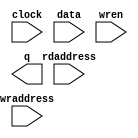
// megafunction wizard: %RAM: 2-PORT%VBB%
// GENERATION: STANDARD
// VERSION: WM1.0
// MODULE: altsyncram 

// ============================================================
// Megafunction Name(s):
// 			altsyncram
//
// Simulation Library Files(s):
// 			altera_mf
// ============================================================
// ************************************************************
// THIS IS A WIZARD-GENERATED FILE. DO NOT EDIT THIS FILE!
//
// 9.0 Build 132 02/25/2009 SJ Full Version
// ************************************************************

//Copyright (C) 1991-2009 Altera Corporation
//Your use of Altera Corporation's design tools, logic functions 
//and other software and tools, and its AMPP partner logic 
//functions, and any output files from any of the foregoing 
//(including device programming or simulation files), and any 
//associated documentation or information are expressly subject 
//to the terms and conditions of the Altera Program License 
//Subscription Agreement, Altera MegaCore Function License 
//Agreement, or other applicable license agreement, including, 
//without limitation, that your use is for the sole purpose of 
//programming logic devices manufactured by Altera and sold by 
//Altera or its authorized distributors.  Please refer to the 
//applicable agreement for further details.

module DAS_RF (
	clock,
	data,
	rdaddress,
	wraddress,
	wren,
	q);

	input	  clock;
	input	[15:0]  data;
	input	[13:0]  rdaddress;
	input	[13:0]  wraddress;
	input	  wren;
	output	[15:0]  q;
`ifndef ALTERA_RESERVED_QIS
// synopsys translate_off
`endif
	tri1	  wren;
`ifndef ALTERA_RESERVED_QIS
// synopsys translate_on
`endif

endmodule

// ============================================================
// CNX file retrieval info
// ============================================================
// Retrieval info: PRIVATE: ADDRESSSTALL_A NUMERIC "0"
// Retrieval info: PRIVATE: ADDRESSSTALL_B NUMERIC "0"
// Retrieval info: PRIVATE: BYTEENA_ACLR_A NUMERIC "0"
// Retrieval info: PRIVATE: BYTEENA_ACLR_B NUMERIC "0"
// Retrieval info: PRIVATE: BYTE_ENABLE_A NUMERIC "0"
// Retrieval info: PRIVATE: BYTE_ENABLE_B NUMERIC "0"
// Retrieval info: PRIVATE: BYTE_SIZE NUMERIC "8"
// Retrieval info: PRIVATE: BlankMemory NUMERIC "1"
// Retrieval info: PRIVATE: CLOCK_ENABLE_INPUT_A NUMERIC "0"
// Retrieval info: PRIVATE: CLOCK_ENABLE_INPUT_B NUMERIC "0"
// Retrieval info: PRIVATE: CLOCK_ENABLE_OUTPUT_A NUMERIC "0"
// Retrieval info: PRIVATE: CLOCK_ENABLE_OUTPUT_B NUMERIC "0"
// Retrieval info: PRIVATE: CLRdata NUMERIC "0"
// Retrieval info: PRIVATE: CLRq NUMERIC "0"
// Retrieval info: PRIVATE: CLRrdaddress NUMERIC "0"
// Retrieval info: PRIVATE: CLRrren NUMERIC "0"
// Retrieval info: PRIVATE: CLRwraddress NUMERIC "0"
// Retrieval info: PRIVATE: CLRwren NUMERIC "0"
// Retrieval info: PRIVATE: Clock NUMERIC "0"
// Retrieval info: PRIVATE: Clock_A NUMERIC "0"
// Retrieval info: PRIVATE: Clock_B NUMERIC "0"
// Retrieval info: PRIVATE: ECC NUMERIC "0"
// Retrieval info: PRIVATE: IMPLEMENT_IN_LES NUMERIC "0"
// Retrieval info: PRIVATE: INDATA_ACLR_B NUMERIC "0"
// Retrieval info: PRIVATE: INDATA_REG_B NUMERIC "0"
// Retrieval info: PRIVATE: INIT_FILE_LAYOUT STRING "PORT_B"
// Retrieval info: PRIVATE: INIT_TO_SIM_X NUMERIC "0"
// Retrieval info: PRIVATE: INTENDED_DEVICE_FAMILY STRING "Cyclone III"
// Retrieval info: PRIVATE: JTAG_ENABLED NUMERIC "0"
// Retrieval info: PRIVATE: JTAG_ID STRING "NONE"
// Retrieval info: PRIVATE: MAXIMUM_DEPTH NUMERIC "0"
// Retrieval info: PRIVATE: MEMSIZE NUMERIC "262144"
// Retrieval info: PRIVATE: MEM_IN_BITS NUMERIC "0"
// Retrieval info: PRIVATE: MIFfilename STRING ""
// Retrieval info: PRIVATE: OPERATION_MODE NUMERIC "2"
// Retrieval info: PRIVATE: OUTDATA_ACLR_B NUMERIC "0"
// Retrieval info: PRIVATE: OUTDATA_REG_B NUMERIC "1"
// Retrieval info: PRIVATE: RAM_BLOCK_TYPE NUMERIC "0"
// Retrieval info: PRIVATE: READ_DURING_WRITE_MODE_MIXED_PORTS NUMERIC "2"
// Retrieval info: PRIVATE: READ_DURING_WRITE_MODE_PORT_A NUMERIC "3"
// Retrieval info: PRIVATE: READ_DURING_WRITE_MODE_PORT_B NUMERIC "3"
// Retrieval info: PRIVATE: REGdata NUMERIC "1"
// Retrieval info: PRIVATE: REGq NUMERIC "1"
// Retrieval info: PRIVATE: REGrdaddress NUMERIC "1"
// Retrieval info: PRIVATE: REGrren NUMERIC "1"
// Retrieval info: PRIVATE: REGwraddress NUMERIC "1"
// Retrieval info: PRIVATE: REGwren NUMERIC "1"
// Retrieval info: PRIVATE: SYNTH_WRAPPER_GEN_POSTFIX STRING "0"
// Retrieval info: PRIVATE: USE_DIFF_CLKEN NUMERIC "0"
// Retrieval info: PRIVATE: UseDPRAM NUMERIC "1"
// Retrieval info: PRIVATE: VarWidth NUMERIC "0"
// Retrieval info: PRIVATE: WIDTH_READ_A NUMERIC "16"
// Retrieval info: PRIVATE: WIDTH_READ_B NUMERIC "16"
// Retrieval info: PRIVATE: WIDTH_WRITE_A NUMERIC "16"
// Retrieval info: PRIVATE: WIDTH_WRITE_B NUMERIC "16"
// Retrieval info: PRIVATE: WRADDR_ACLR_B NUMERIC "0"
// Retrieval info: PRIVATE: WRADDR_REG_B NUMERIC "0"
// Retrieval info: PRIVATE: WRCTRL_ACLR_B NUMERIC "0"
// Retrieval info: PRIVATE: enable NUMERIC "0"
// Retrieval info: PRIVATE: rden NUMERIC "0"
// Retrieval info: CONSTANT: ADDRESS_ACLR_B STRING "NONE"
// Retrieval info: CONSTANT: ADDRESS_REG_B STRING "CLOCK0"
// Retrieval info: CONSTANT: CLOCK_ENABLE_INPUT_A STRING "BYPASS"
// Retrieval info: CONSTANT: CLOCK_ENABLE_INPUT_B STRING "BYPASS"
// Retrieval info: CONSTANT: CLOCK_ENABLE_OUTPUT_B STRING "BYPASS"
// Retrieval info: CONSTANT: INTENDED_DEVICE_FAMILY STRING "Cyclone III"
// Retrieval info: CONSTANT: LPM_TYPE STRING "altsyncram"
// Retrieval info: CONSTANT: NUMWORDS_A NUMERIC "16384"
// Retrieval info: CONSTANT: NUMWORDS_B NUMERIC "16384"
// Retrieval info: CONSTANT: OPERATION_MODE STRING "DUAL_PORT"
// Retrieval info: CONSTANT: OUTDATA_ACLR_B STRING "NONE"
// Retrieval info: CONSTANT: OUTDATA_REG_B STRING "CLOCK0"
// Retrieval info: CONSTANT: POWER_UP_UNINITIALIZED STRING "FALSE"
// Retrieval info: CONSTANT: READ_DURING_WRITE_MODE_MIXED_PORTS STRING "DONT_CARE"
// Retrieval info: CONSTANT: WIDTHAD_A NUMERIC "14"
// Retrieval info: CONSTANT: WIDTHAD_B NUMERIC "14"
// Retrieval info: CONSTANT: WIDTH_A NUMERIC "16"
// Retrieval info: CONSTANT: WIDTH_B NUMERIC "16"
// Retrieval info: CONSTANT: WIDTH_BYTEENA_A NUMERIC "1"
// Retrieval info: USED_PORT: clock 0 0 0 0 INPUT NODEFVAL clock
// Retrieval info: USED_PORT: data 0 0 16 0 INPUT NODEFVAL data[15..0]
// Retrieval info: USED_PORT: q 0 0 16 0 OUTPUT NODEFVAL q[15..0]
// Retrieval info: USED_PORT: rdaddress 0 0 14 0 INPUT NODEFVAL rdaddress[13..0]
// Retrieval info: USED_PORT: wraddress 0 0 14 0 INPUT NODEFVAL wraddress[13..0]
// Retrieval info: USED_PORT: wren 0 0 0 0 INPUT VCC wren
// Retrieval info: CONNECT: @data_a 0 0 16 0 data 0 0 16 0
// Retrieval info: CONNECT: @wren_a 0 0 0 0 wren 0 0 0 0
// Retrieval info: CONNECT: q 0 0 16 0 @q_b 0 0 16 0
// Retrieval info: CONNECT: @address_a 0 0 14 0 wraddress 0 0 14 0
// Retrieval info: CONNECT: @address_b 0 0 14 0 rdaddress 0 0 14 0
// Retrieval info: CONNECT: @clock0 0 0 0 0 clock 0 0 0 0
// Retrieval info: LIBRARY: altera_mf altera_mf.altera_mf_components.all
// Retrieval info: GEN_FILE: TYPE_NORMAL DAS_RF.v TRUE
// Retrieval info: GEN_FILE: TYPE_NORMAL DAS_RF.inc TRUE
// Retrieval info: GEN_FILE: TYPE_NORMAL DAS_RF.cmp TRUE
// Retrieval info: GEN_FILE: TYPE_NORMAL DAS_RF.bsf TRUE FALSE
// Retrieval info: GEN_FILE: TYPE_NORMAL DAS_RF_inst.v TRUE
// Retrieval info: GEN_FILE: TYPE_NORMAL DAS_RF_bb.v TRUE
// Retrieval info: GEN_FILE: TYPE_NORMAL DAS_RF_waveforms.html TRUE
// Retrieval info: GEN_FILE: TYPE_NORMAL DAS_RF_wave*.jpg FALSE
// Retrieval info: LIB_FILE: altera_mf